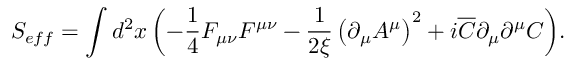
S _ { e f f } = \int { d ^ { 2 } x \left( { - \frac { 1 } { 4 } F _ { \mu \nu } F ^ { \mu \nu } - \frac { 1 } { { 2 \xi } } \left( { \partial _ { \mu } A ^ { \mu } } \right) ^ { 2 } + i \overline { { C } } \partial _ { \mu } \partial ^ { \mu } C } \right) } .